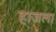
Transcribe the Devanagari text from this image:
हाजला